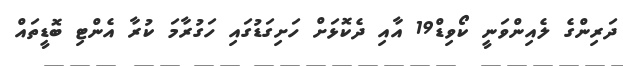
ދަރިންގެ ލެއިންވަނީ ކޯވިޑް19 އާއި ދެކޮޅަށް ހަށިގަޑުގައި ހަގުރާމަ ކުރާ އެންޓި ބޮޑީތައް